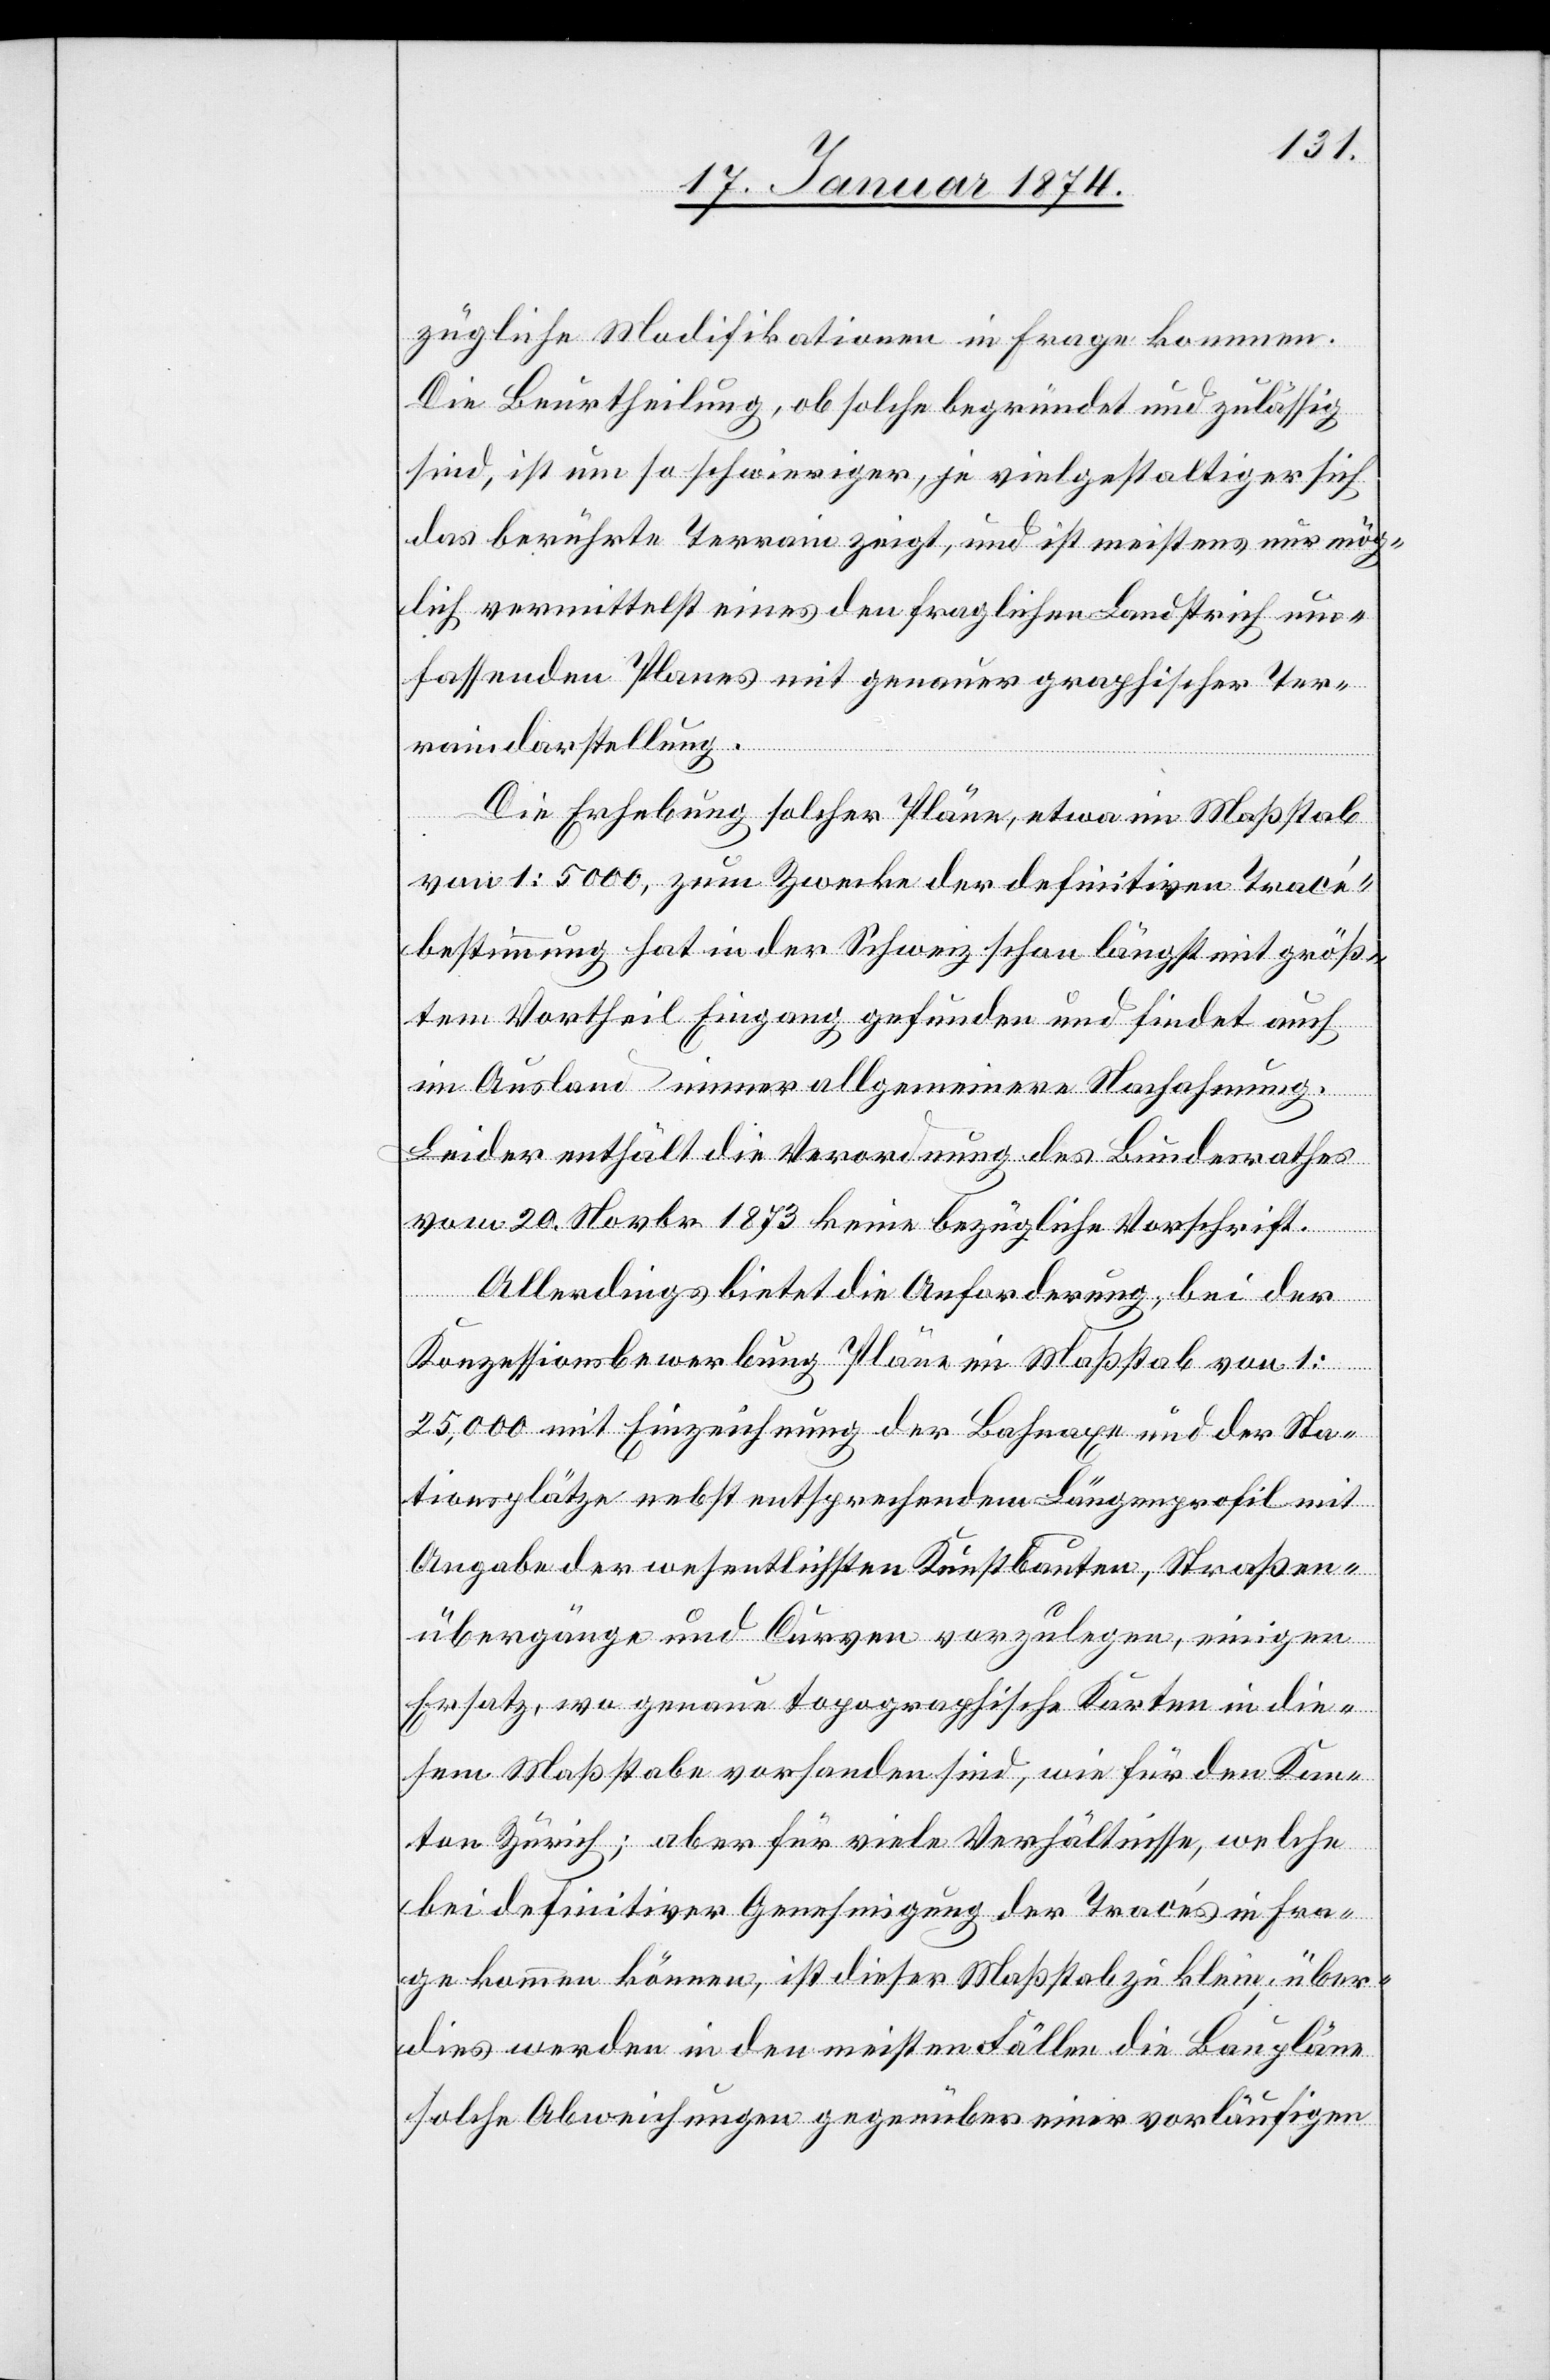
zügliche Modifikationen in Frage kommen.
Die Beurtheilung, ob solche begründet und zulässig
sind, ist um so schwieriger, je vielgestaltiger sich
das berührte Terrain zeigt, und ist meistens nur mög¬
lich vermittelst eines den fraglichen Landstrich um¬
fassenden Planes mit genauer graphischer Ter¬
raindarstellung.
Die Erhebung solcher Pläne, etwa im Maßstab
von 1:5000, zum Zwecke der definitiven Tracé¬
bestimmung hat in der Schweiz schon längst mit größ¬
tem Vortheil Eingang gefunden und findet auch
im Ausland immer allgemeine Nachahmung.
Leider enthält die Verordnung des Bundesrathes
vom 20. Novbr. 1873 keine bezügliche Vorschrift.
Allerdings bietet die Anforderung, bei der
Konzessionsbewerkung Pläne im Maßstab von
1:25,000 mit Einzeichnung der Bahnaxe und der Sta¬
tionsplätze nebst entsprechendem Längenprofil mit
Angabe der wesentlichsten Kunstbauten, Straßen¬
übergänge und Curven vorzulegen, einigen
Ersatz, wo genau topographische Karten in die¬
sem Maßstabe vorhanden sind, wie für den Kan¬
ton Zürich; aber für viele Verhältnisse, welche
bei definitiver Genehmigung der Tracés in Fra¬
ge kommen können, ist dieser Maßstab zu klein, über¬
dies werden in den meisten Fällen die Baupläne
solche Abweichungen gegenüber einer vorläufigen